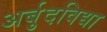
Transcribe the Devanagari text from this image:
अर्बुदविद्या